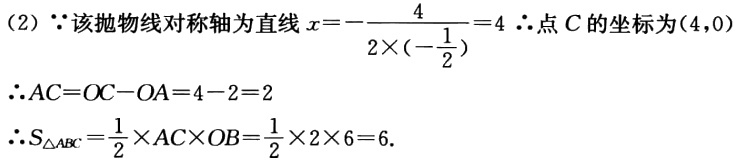
（2）\(\because\)该抛物线对称轴为直线\(x = -\dfrac{4}{2\times\left(-\dfrac{1}{2}\right)} = 4\)\(\therefore\)点\(C\)的坐标为\((4,0)\)
\(\therefore AC = OC - OA = 4 - 2 = 2\)
\(\therefore S_{\triangle ABC}=\dfrac{1}{2}\times AC\times OB=\dfrac{1}{2}\times2\times6 = 6\).